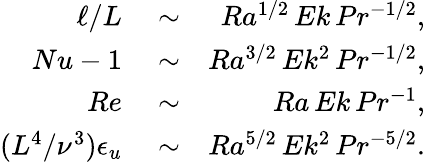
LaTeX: \begin{array}{rlr}{\ell/L}&{{}\sim}&{Ra^{1/2}\, Ek\, Pr^{-1/2},}\\ {Nu-1}&{{}\sim}&{Ra^{3/2}\, Ek^{2}\, Pr^{-1/2},}\\ {Re}&{{}\sim}&{Ra\, Ek\, Pr^{-1},}\\ {(L^{4}/\nu^{3})\epsilon_{u}}&{{}\sim}&{Ra^{5/2}\, Ek^{2}\, Pr^{-5/2}.}\end{array}